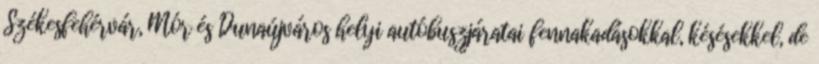
Székesfehérvár, Mór és Dunaújváros helyi autóbuszjáratai fennakadásokkal, késésekkel, de